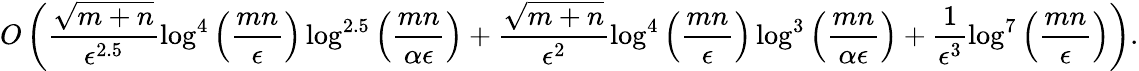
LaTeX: O\left(\frac{\sqrt{m+n}}{\epsilon^{2.5}}\log^{4}\left(\frac{mn}{\epsilon}\right)\log^{2.5}\left(\frac{mn}{\alpha\epsilon}\right)+\frac{\sqrt{m+n}}{\epsilon^{2}}\log^{4}\left(\frac{mn}{\epsilon}\right)\log^{3}\left(\frac{mn}{\alpha\epsilon}\right)+\frac 1{\epsilon^{3}}\log^{7}\left(\frac{mn}{\epsilon}\right)\right).